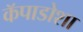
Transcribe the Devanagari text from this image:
कॅपाडोशा